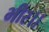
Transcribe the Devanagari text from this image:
भीर।।